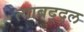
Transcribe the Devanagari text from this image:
त्याबद्द्ल